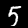
Label: 5